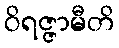
ဝိရဇ္ဇာမီတိ